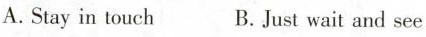
A. Stay in touch B. Just wait and see